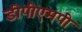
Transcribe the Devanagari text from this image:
डीपीएमपी